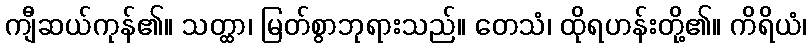
ကျီဆယ်ကုန်၏။ သတ္ထာ၊ မြတ်စွာဘုရားသည်။ တေသံ၊ ထိုရဟန်းတို့၏။ ကိရိယံ၊